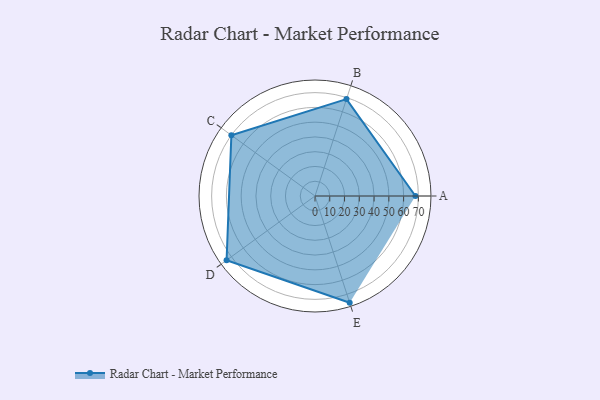
{"axis": {"x": "Skill", "y": "Score"}, "legend": ["Profile"], "data": [{"x": "A", "y": 68.0, "type": "Profile"}, {"x": "B", "y": 69.0, "type": "Profile"}, {"x": "C", "y": 70.0, "type": "Profile"}, {"x": "D", "y": 74.0, "type": "Profile"}, {"x": "E", "y": 76.0, "type": "Profile"}]}